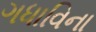
ગધાવિના